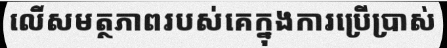
លើសមត្ថភាពរបស់គេក្នុងការប្រើប្រាស់